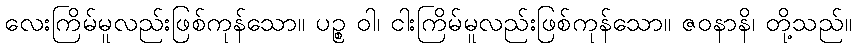
လေးကြိမ်မူလည်းဖြစ်ကုန်သော။ ပဉ္စ ဝါ၊ ငါးကြိမ်မူလည်းဖြစ်ကုန်သော။ ဇဝနာနိ၊ တို့သည်။